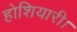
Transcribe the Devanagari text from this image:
होशियारी।